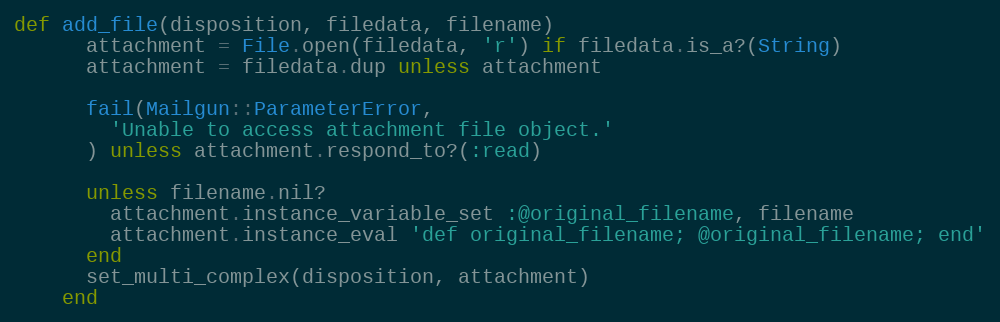
Language: Ruby
def add_file(disposition, filedata, filename)
      attachment = File.open(filedata, 'r') if filedata.is_a?(String)
      attachment = filedata.dup unless attachment

      fail(Mailgun::ParameterError,
        'Unable to access attachment file object.'
      ) unless attachment.respond_to?(:read)

      unless filename.nil?
        attachment.instance_variable_set :@original_filename, filename
        attachment.instance_eval 'def original_filename; @original_filename; end'
      end
      set_multi_complex(disposition, attachment)
    end